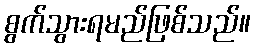
စွက်သွားရမည်ဖြစ်သည်။